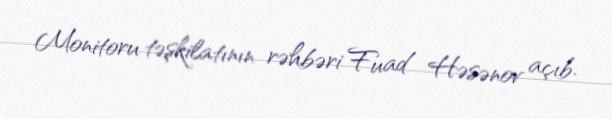
Monitoru təşkilatının rəhbəri Fuad Həsənov açıb.